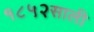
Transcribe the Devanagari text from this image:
१८५२साली